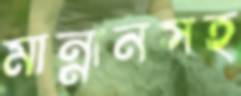
মান্নানসহ